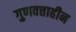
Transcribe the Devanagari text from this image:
गुणवत्ताहीन